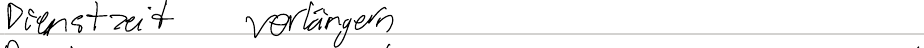
Dienstzeit verlängern